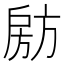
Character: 𭠈